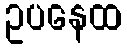
ဥပနေထ